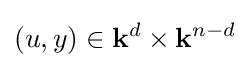
(u,y)\in \mathbf {k} ^{d}\times \mathbf {k} ^{n-d}